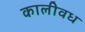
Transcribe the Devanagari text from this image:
कालीवध